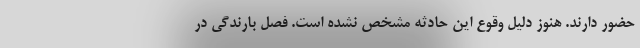
حضور دارند. هنوز دلیل وقوع این حادثه مشخص نشده است. فصل بارندگی در